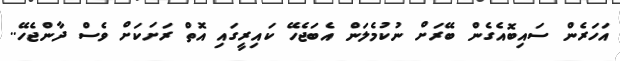
އަހަރެން ސައިބޮއެގެން ބޭރަށް ނުކުމެލަން އެބަޖެހޭ ކައިރީގައި އޮތް ރަށަކަށް ވެސް ދާންޖެހޭ..